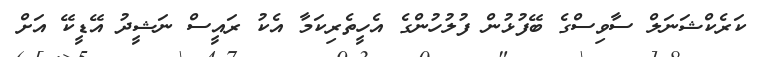
ކަރެކްޝަނަލް ސާވިސްގެ ބޭފުޅުން ފުލުހުންގެ އެހީތެރިކަމާ އެކު ރައީސް ނަޝީދު އޭޑީކޭ އަށް